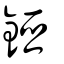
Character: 錏